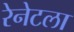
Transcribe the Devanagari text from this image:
रेनेटला